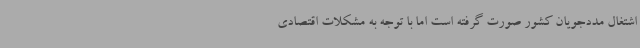
اشتغال مددجویان کشور صورت گرفته است اما با توجه به مشکلات اقتصادی